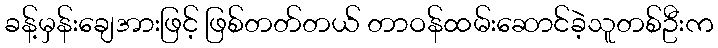
ခန့်မှန်းချေအားဖြင့် ဖြစ်တတ်တယ် တာဝန်ထမ်းဆောင်ခဲ့သူတစ်ဦးက